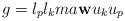
LaTeX: \begin{align*}g=l_p l_k ma \mathbf w u_k u_p\end{align*}